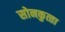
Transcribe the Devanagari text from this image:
सोनकुत्‍ता